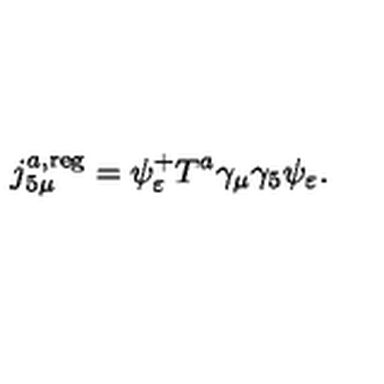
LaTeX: j _ { 5 \mu } ^ { a , \mathrm { r e g } } = \psi _ { \varepsilon } ^ { + } T ^ { a } \gamma _ { \mu } \gamma _ { 5 } \psi _ { \varepsilon } .